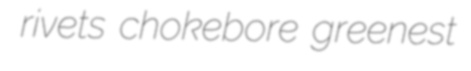
rivets chokebore greenest